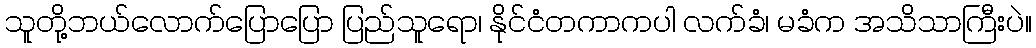
သူတို့ဘယ်လောက်ပြောပြော ပြည်သူရော၊ နိုင်ငံတကာကပါ လက်ခံ၊ မခံက အသိသာကြီးပဲ။